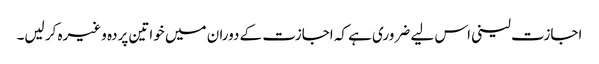
اجازت لینی اس لیے ضروری ہے کہ اجازت کے دوران میں خواتین پردہ وغیرہ کر لیں۔